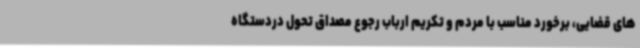
های قضایی، برخورد مناسب با مردم و تکریم ارباب رجوع مصداق تحول دردستگاه